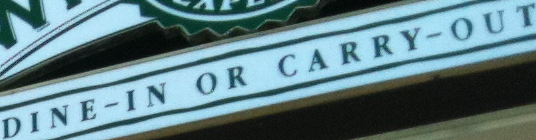
DINE-IN OR CARRY-OUT